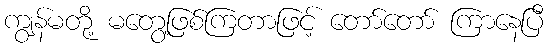
ကျွန်မတို့ မတွေ့ဖြစ်ကြတာဖြင့် တော်တော် ကြာနေပြီ